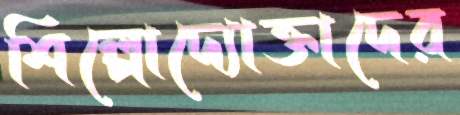
শিল্পোদ্যোক্তাদের